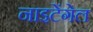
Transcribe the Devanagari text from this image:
नाइटेंगेल